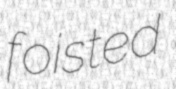
foisted